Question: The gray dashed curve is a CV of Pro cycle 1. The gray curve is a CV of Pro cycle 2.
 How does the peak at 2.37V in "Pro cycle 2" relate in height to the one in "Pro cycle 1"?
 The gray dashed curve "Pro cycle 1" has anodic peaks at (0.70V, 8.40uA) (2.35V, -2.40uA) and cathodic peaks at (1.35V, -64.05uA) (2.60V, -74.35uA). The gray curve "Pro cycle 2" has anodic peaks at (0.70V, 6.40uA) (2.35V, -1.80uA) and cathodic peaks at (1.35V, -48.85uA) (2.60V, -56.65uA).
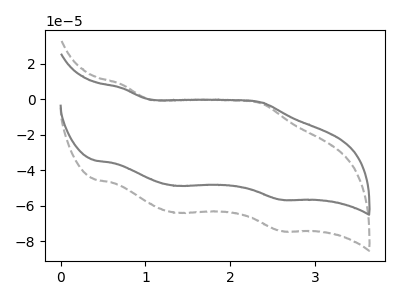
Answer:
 <answer>The peak at 2.37V is higher in "Pro cycle 2" than in "Pro cycle 1".</answer>
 <eval>higher</eval>